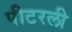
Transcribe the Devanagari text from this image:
पीटरली